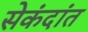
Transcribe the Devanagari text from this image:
सेकंदांत